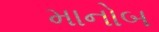
માનોબ